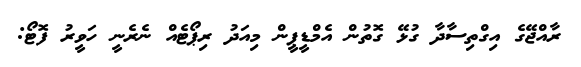
ރާއްޖޭގެ އިގްތިސާދާ ގުޅޭ ގޮތުން އެމްޑީޕީން މިއަދު ރިޕޯޓެއް ނެރެނީ ހަވީރު ފޮޓޯ: